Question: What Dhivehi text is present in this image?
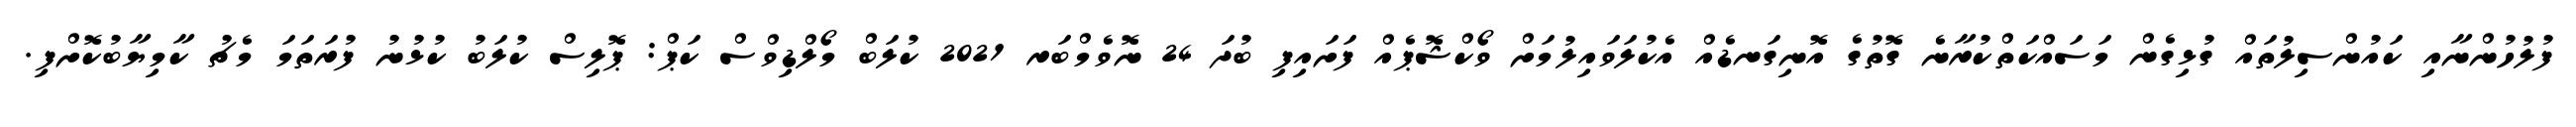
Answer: ފުލުހުންނާއި ކައުންސިލުތައް ގުޅިގެން މަސައްކަތްކުރާނެ ގޮތުގެ އޮނިގަނޑެއް އެކުލަވައިލުމަށް ވޯކްޝޮޕެއް ފަށައިފި ބުދަ 24 ނޮވެމްބަރ 2021 ކުލަބް މޯލްޑިވްސް ކަޕް: ޕޮލިސް ކުލަބު ކުޅުނު ފުރަތަމަ މެޗު ކާމިޔާބުކޮށްފި.